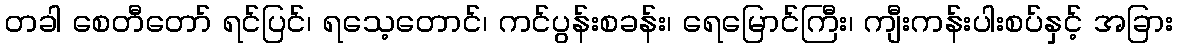
တခါ စေတီတော် ရင်ပြင်၊ ရသေ့တောင်၊ ကင်ပွန်းစခန်း၊ ရေမြောင်ကြီး၊ ကျီးကန်းပါးစပ်နှင့် အခြား